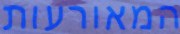
המאורעות